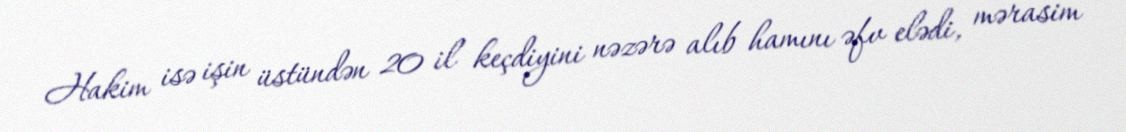
Hakim isə işin üstündən 20 il keçdiyini nəzərə alıb hamını əfv elədi, mərasim